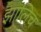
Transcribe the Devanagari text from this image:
झालिच